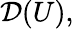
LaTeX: {\mathcal{D}}(U),